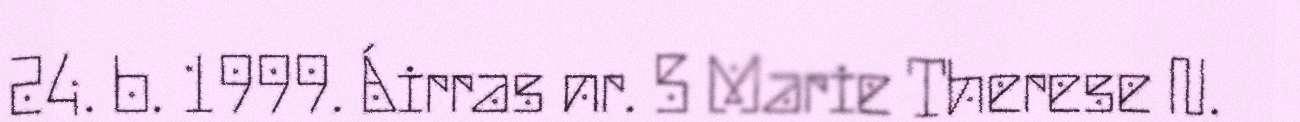
24. b. 1999. Áirras nr. 5 Marie Therese N.